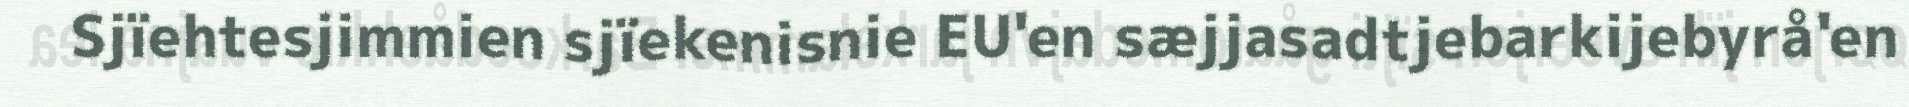
Sjïehtesjimmien sjïekenisnie EU'en sæjjasadtjebarkijebyrå'en